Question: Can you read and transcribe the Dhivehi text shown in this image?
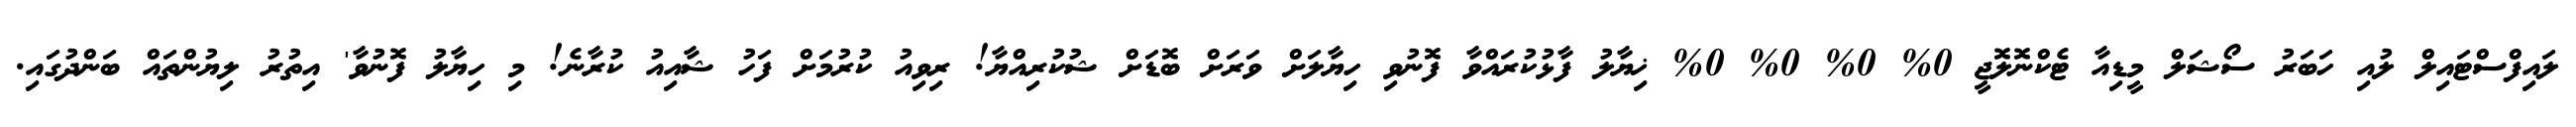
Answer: ލައިފްސްޓައިލް ލުއި ހަބަރު ސޯޝަލް މީޑިއާ ޓެކްނޮލޮޖީ 0% 0% 0% 0% ޚިޔާލު ފާޅުކުރައްވާ ފޮނުވި ހިޔާލަށް ވަރަށް ބޮޑަށް ޝުކުރިއްޔާ! ރިވިއު ކުރުމަށް ފަހު ޝާއިއު ކުރާނެ! މި ހިޔާލު ފޮނުވާ' އިތުރު ލިޔުންތައް ބަންދުގައި.